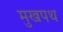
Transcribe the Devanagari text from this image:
मुखपथ